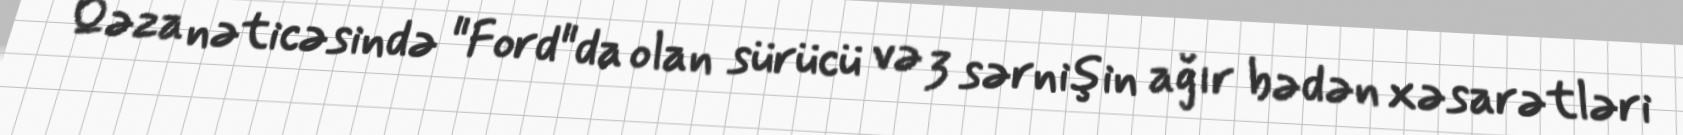
Qəza nəticəsində "Ford"da olan sürücü və 3 sərnişin ağır bədən xəsarətləri